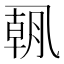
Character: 𫡯